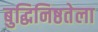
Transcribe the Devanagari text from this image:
बुद्धिनिष्ठतेला